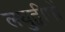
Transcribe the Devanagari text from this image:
लघुद्वीपों